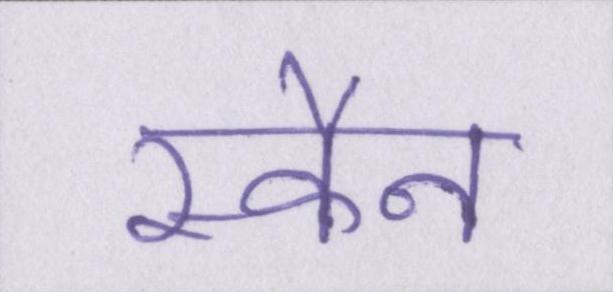
स्कैन